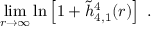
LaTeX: \operatorname * { l i m } _ { r \to \infty } \ln \left[ 1 + \widetilde h _ { 4 , 1 } ^ { 4 } ( r ) \right] \; .